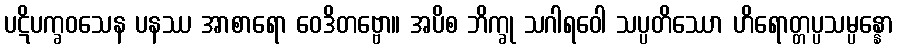
ပဋိပက္ခဝသေန ပနဿ အာစာရော ဝေဒိတဗ္ဗော။ အပိစ ဘိက္ခု သဂါရဝေါ သပ္ပတိဿော ဟိရောတ္တပ္ပသမ္ပန္နော